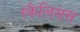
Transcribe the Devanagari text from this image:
स्कैलिसस